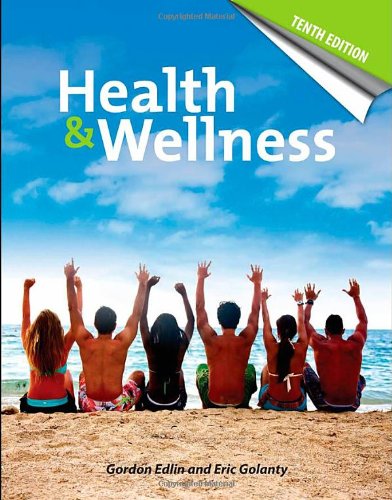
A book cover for Health And Wellness; Gordon Edlin; Medical Books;